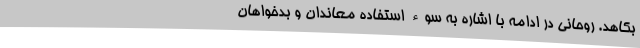
بکاهد. روحانی در ادامه با اشاره به سوء استفاده معاندان و بدخواهان